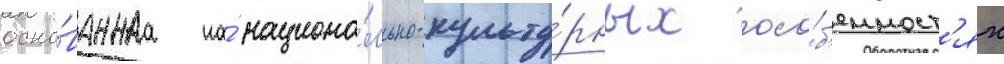
осно́ваннаа на́ национа́льно-культу́рных осо́б'енност'ях